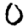
Digit: 0